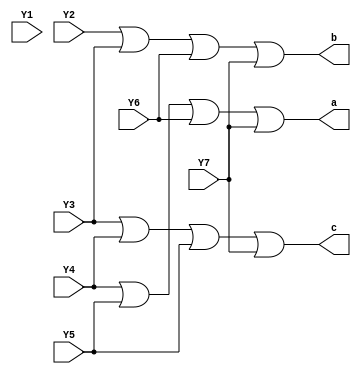
//gate 
module eight_to_three_encoder (a,b,c,Y1,Y2,Y3,Y4,Y5,Y6,Y7);
input Y1,Y2,Y3,Y4,Y5,Y6,Y7;
output a,b,c;
or(a,Y4,Y5,Y6,Y7) ;  
or(b,Y2,Y3,Y6,Y7) ;  
or(c,Y3,Y4,Y5,Y7) ;  
endmodule